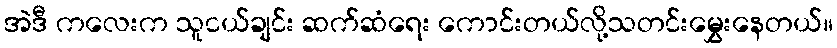
အဲဒီ ကလေးက သူငယ်ချင်း ဆက်ဆံရေး ကောင်းတယ်လို့သတင်းမွှေးနေတယ်။